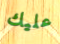
عليك